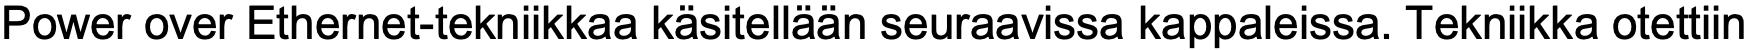
Power over Ethernet-tekniikkaa käsitellään seuraavissa kappaleissa. Tekniikka otettiin